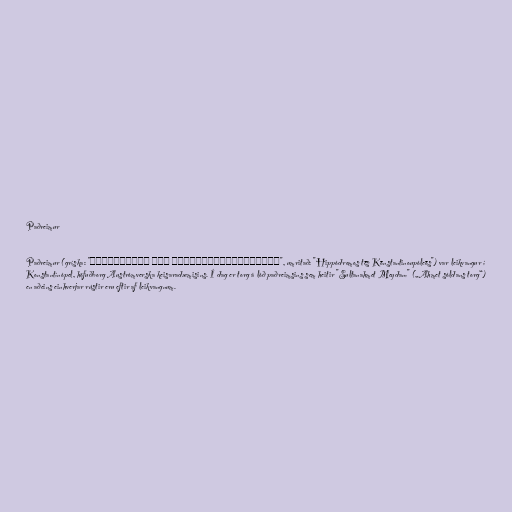
Paðreimur

Paðreimur (gríska: "Ἱππόδρομος τῆς Κωνσταντινουπόλεως", umritað: "Hippódromos tēs Kōnstantinoupóleōs") var leikvangur í
Konstantínópel, höfuðborg Austrómverska keisaradæmisins. Í dag er torg á lóð paðreimsins sem heitir "Sultanahmet Meydanı" („Ahmet sóldans torg“)
en aðeins einhverjar rústir eru eftir af leikvangnum.